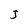
Character: j